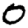
Digit: 0